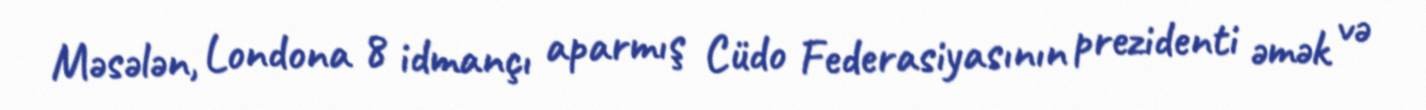
Məsələn, Londona 8 idmançı aparmış Cüdo Federasiyasının prezidenti əmək və